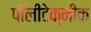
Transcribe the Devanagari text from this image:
पॉलीटेक्नीक